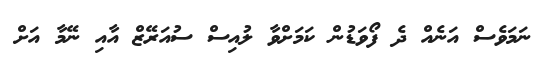
ނަމަވެސް އަނެއް ދެ ފޯވަޑުން ކަމަށްވާ ލުއިސް ސުއަރޭޒް އާއި ނޭމާ އަށް